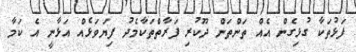
ފަޅުތަކާ ގުޅިގެން އެއް ތަންތަން ދޫކުރި ފަރާތްތަކާމެދު ފިޔަވަޅެއް އަޅާނީ އެ ކަމާ